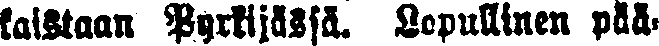
kaistaan Pyrkijässä. Lopullinen pää-